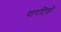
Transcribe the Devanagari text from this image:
पारटिडो